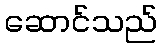
ဆောင်သည်